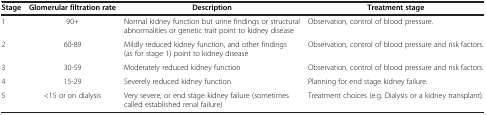
| Stage | Glomerular filtration rate | Description | Treatment stage |
 | --- | --- | --- | --- |
 | 1 | 90+ | Normal kidney function but urine findings or structural abnormalities or genetic trait point to kidney disease | Observation, control of blood pressure. |
 | 2 | 60-89 | Mildly reduced kidney function, and other findings (as for stage 1) point to kidney disease | Observation, control of blood pressure and risk factors. |
 | 3 | 30-59 | Moderately reduced kidney function | Observation, control of blood pressure and risk factors. |
 | 4 | 15-29 | Severely reduced kidney function | Planning for end stage kidney failure. |
 | 5 | <15 or on dialysis | Very severe, or end stage kidney failure (sometimes called established renal failure) | Treatment choices (e.g. Dialysis or a kidney transplant). |